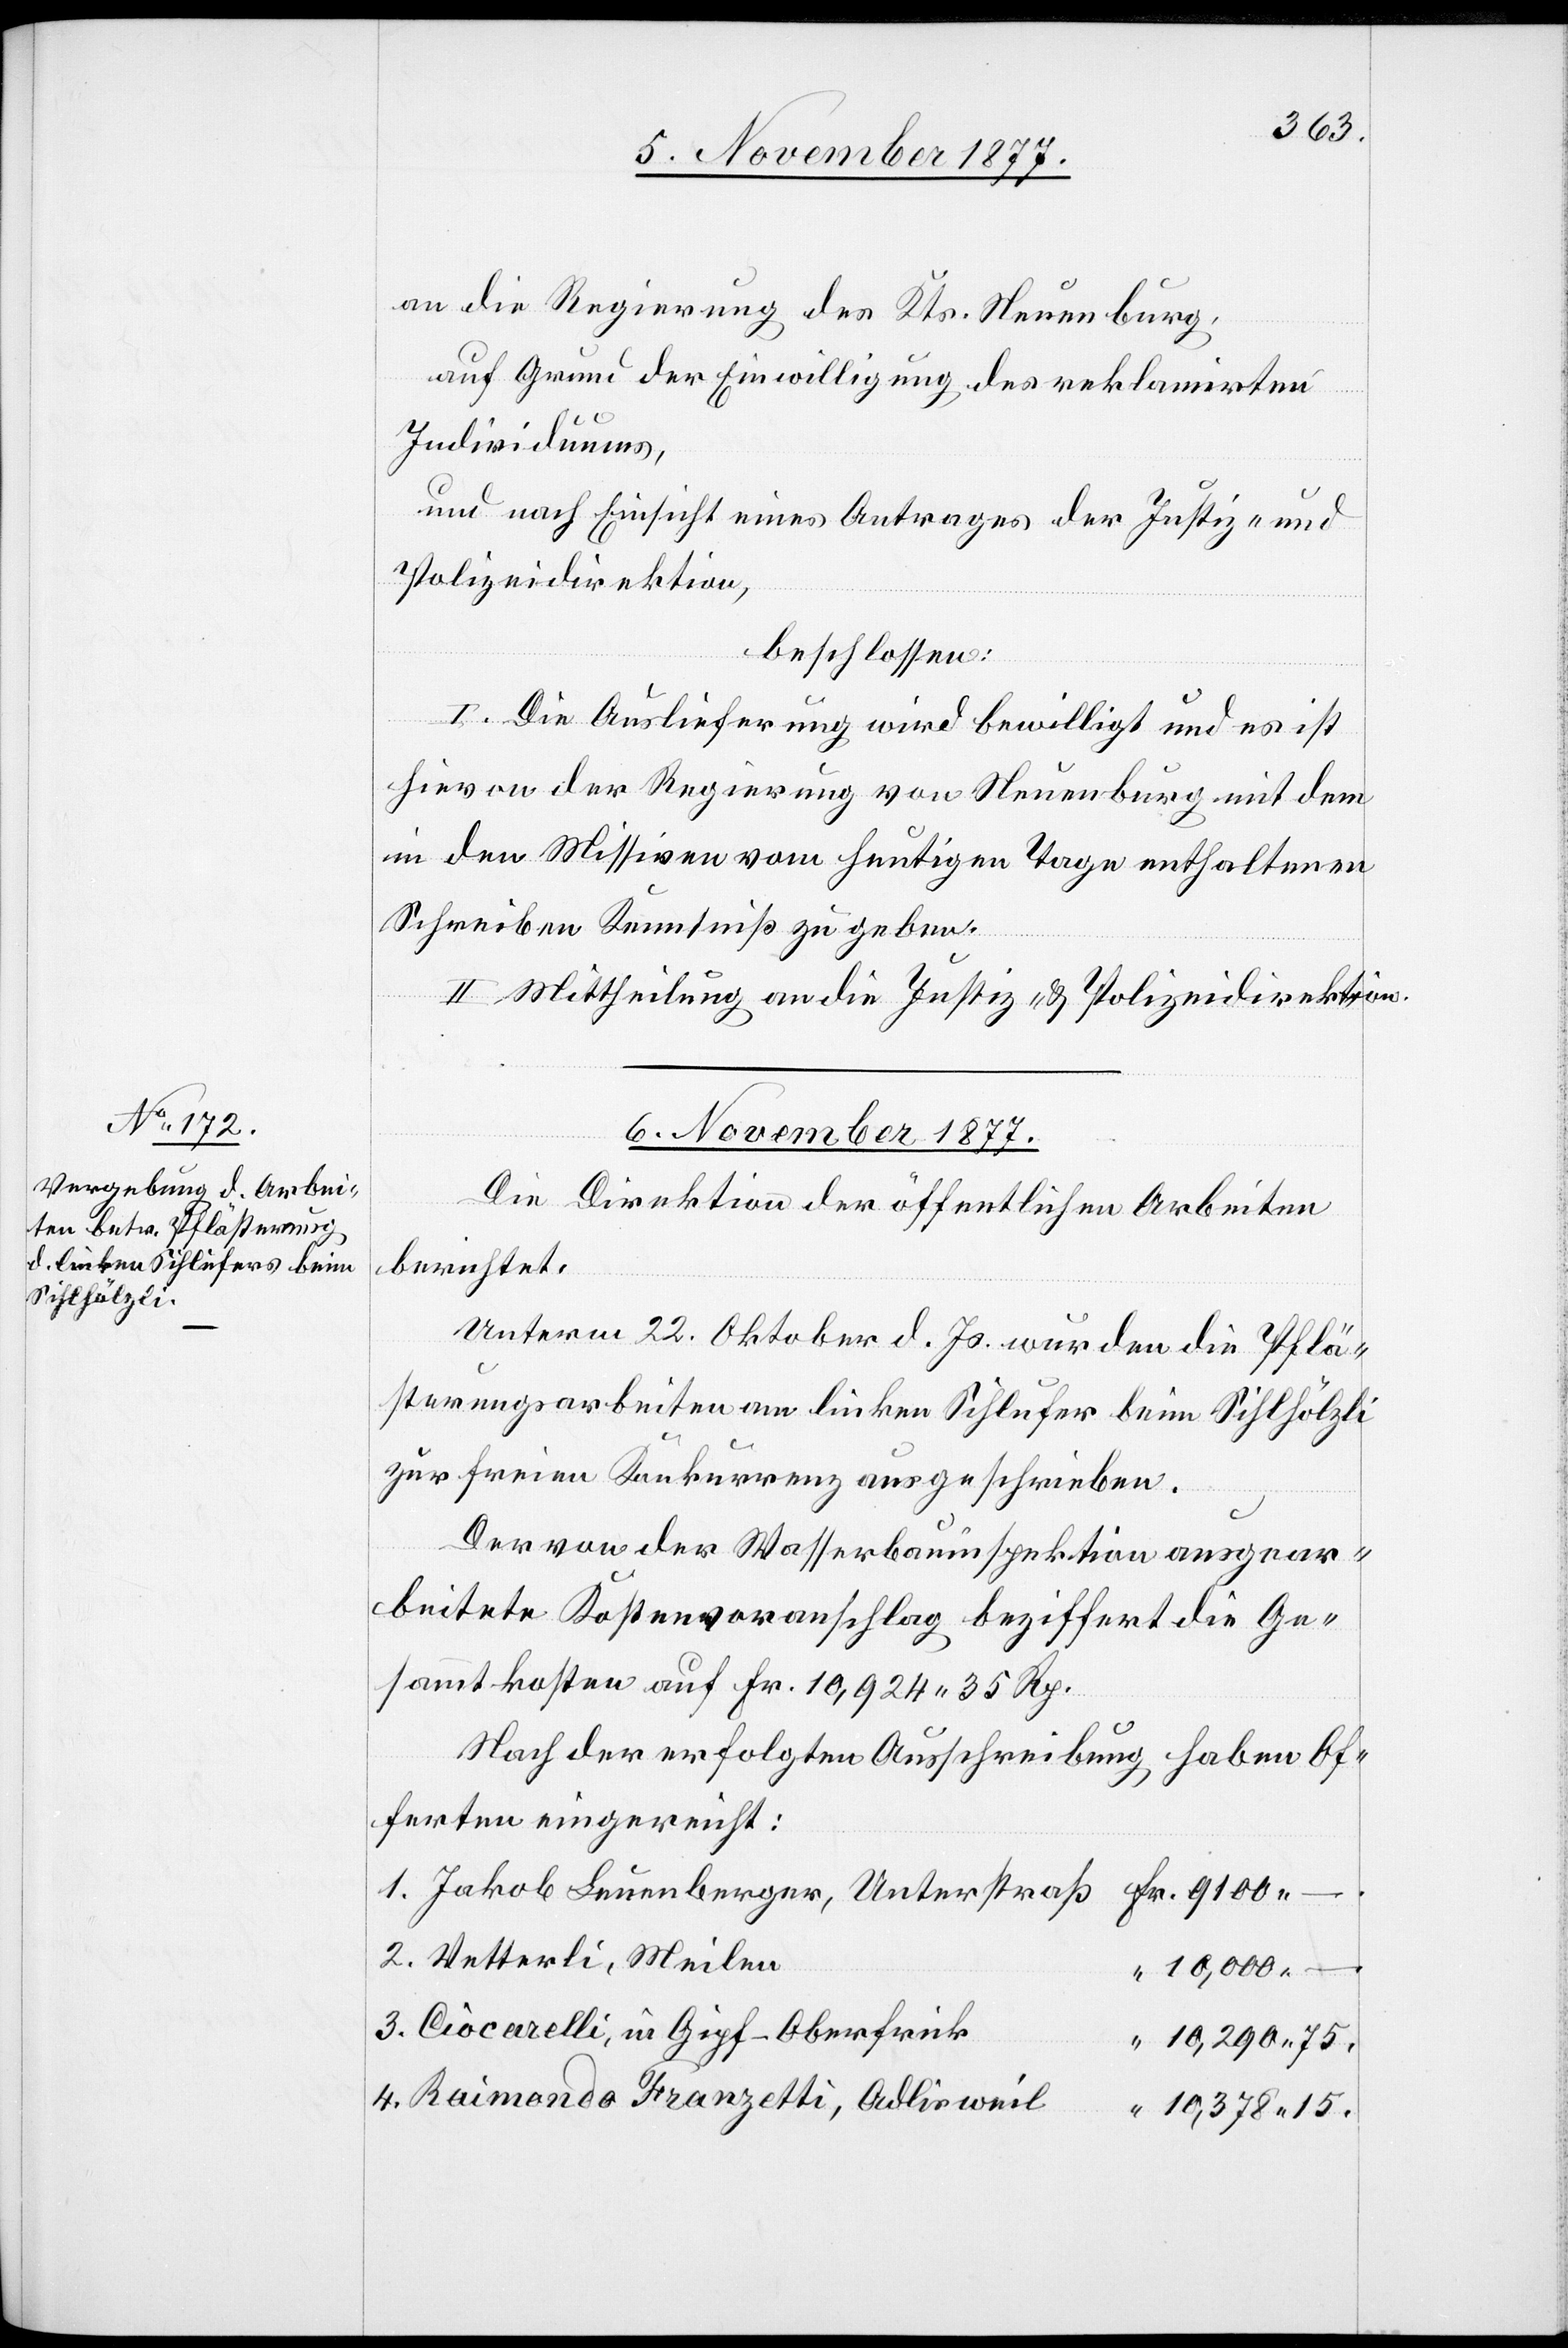
an die Regierung des Kts. Neuenburg,
auf Grund der Einwilligung des reklamirten
3.
Individuums,
und nach Einsicht eines Antrages der Justiz- und
Polizeidirektion,
beschlossen:
I. Die Auslieferung wird bewilligt und es ist
hievon der Regierung von Neuenburg mit dem
in den Missiven vom heutigen Tage enthaltenen
Schreiben Kenntniß zu geben.
II. Mittheilung an die Justiz- & Polizeidirektion.
6. November 1877.
Die Direktion der öffentlichen Arbeiten
berichtet:
Unterm 22. Oktober d. Js. wurden die Pflä¬
sterungsarbeiten am linken Sihlufer beim Sihlhölzli
zur freien Konkurrenz ausgeschrieben.
Der von der Wasserbauinspektion ausgear¬
beitete Kostenvoranschlag beziffert die Ge¬
sammtkosten auf Fr. 10,924 35 Rp.
Nach der erfolgten Ausschreibung haben Of¬
ferten eingereicht:
Fr. 9100 –
Jakob Leuenberger, Unterstraß
Vetterli, Meilen
“ 10,000 –
Ciocarelli, in Gipf - Oberfrick
“ 10,290 75.
Raimondo Franzetti, Adlisweil
“ 10,378 15.